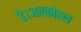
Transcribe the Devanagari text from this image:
है।अल्कोहल